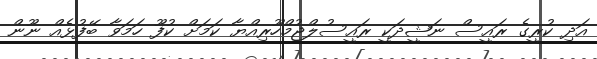
އަދި ކުރީގެ ރައީސް ނަޝީދަކީ ރައީސުލްޖުމްހޫރިއްޔާ ކަމަށް ކުފޫ ހަމަވާ ބޭފުޅެއް ނޫން